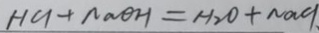
H C l + N a O H = H _ { 2 } O + N a C l